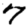
Digit: 7